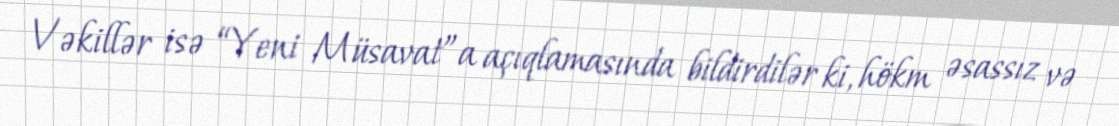
Vəkillər isə “Yeni Müsavat”a açıqlamasında bildirdilər ki, hökm əsassız və